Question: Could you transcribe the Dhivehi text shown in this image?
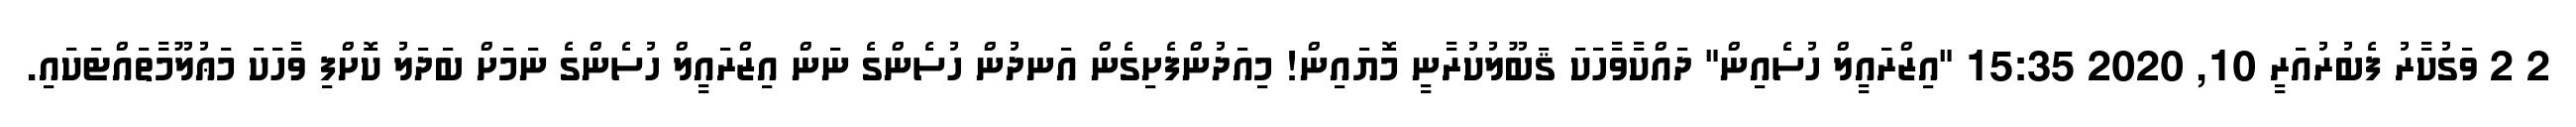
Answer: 2 2 ވަގުކާރު ފެބުރުއަރީ 10, 2020 15:35 "އިޒްރައީލް ހުސެއިން" ދައްކާވާހަކަ ޤަބޫލުކުރާނީ މޮޔައިން! މިއަދުންފެށިގެން އަނދުން ހުސެންގެ ނަން އިޒްރައީލް ހުސެންގެ ނަމަށް ބަދަލު ކޮށްފި ވާހަކަ މަޢުލޫމާތައްޓަކައި.